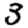
Digit: 3